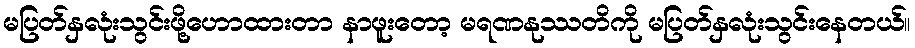
မပြတ်နှလုံးသွင်းဖို့ဟောထားတာ နာဖူးတော့ မရဏနုဿတိကို မပြတ်နှလုံးသွင်းနေတယ်။